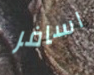
اسافر